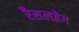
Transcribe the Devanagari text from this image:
रैसलहेग